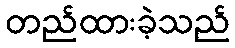
တည်ထားခဲ့သည်